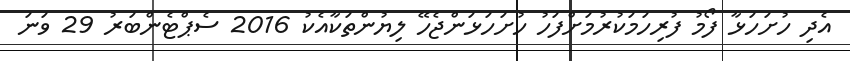
އެދި ހުށަހަޅާ ފޯމު ފުރިހަމަކުރުމަށްފަހު ހުށަހަޅަންޖެހޭ ލިޔުންތަކާއެކު 2016 ސެޕްޓެންބަރު 29 ވަނަ